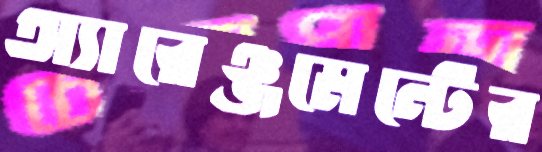
অ্যারেঞ্জমেন্টের